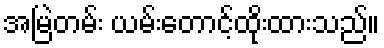
အမြဲတမ်း ယမ်းတောင့်ထိုးထားသည်။